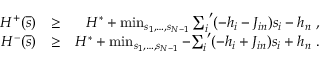
\begin{array} { r l r } { { \cal H } ^ { + } ( \overline { { s } } ) } & { \ge } & { { \cal H } ^ { * } + \operatorname* { m i n } _ { s _ { 1 } , \ldots , s _ { N - 1 } } { \sum _ { i } } ^ { \prime } ( - h _ { i } - J _ { i n } ) s _ { i } - h _ { n } \; , } \\ { { \cal H } ^ { - } ( \overline { { s } } ) } & { \ge } & { { \cal H } ^ { * } + \operatorname* { m i n } _ { s _ { 1 } , \ldots , s _ { N - 1 } } - { \sum _ { i } } ^ { \prime } ( - h _ { i } + J _ { i n } ) s _ { i } + h _ { n } \; . } \end{array}